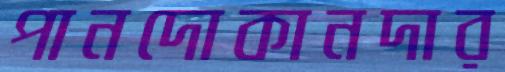
পানদোকানদার